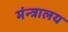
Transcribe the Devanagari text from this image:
मंन्त्रालय